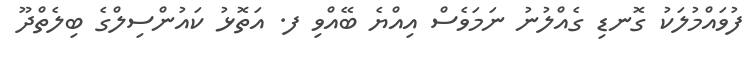
ފުވައްމުލަކު ގޮނޑި ގެއްލުނު ނަމަވެސް އިއްޔެ ބޭއްވި ފ. އަތޮޅު ކައުންސިލްގެ ބިލެތްދޫ